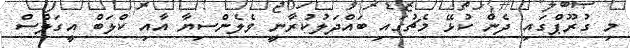
މި ގުރޫޕްގައި ދެން ކުޅޭ މެޗުގައި ބައްދަލުކުރާނީ ވެލެންސިޔާ އާއި ކްލަބް އީގަލްސް